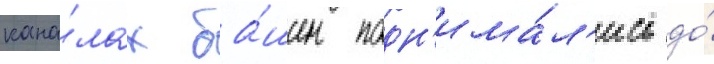
кана́лах ба́шен подн'има́л'ись до́